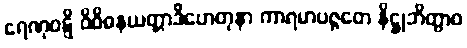
ရေဏုဝဋ္ဋိ ဝိဝိဓနယတ္တာဒိဟေတုနာ ကာရမာပဇ္ဇတေ နိဋ္ဌုဘိတွာဝ